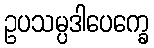
ဥပသမ္ပဒါပေက္ခေ